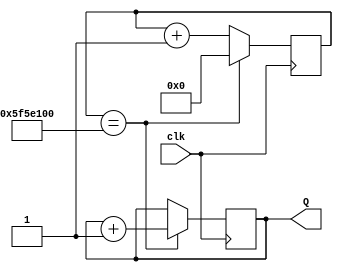
module counter  (
    clk,
    Q
);

    output [7:0] Q;
    input clk;

    parameter cycles_per_second = 100000000;

    reg [32:0] divider;
    reg [7:0] Q;


    always @(posedge clk) begin
       if (divider == cycles_per_second)
         begin
            divider <= 0;
            Q <= Q + 8'd1;
         end
       else  divider <= divider + 1;
    end


endmodule